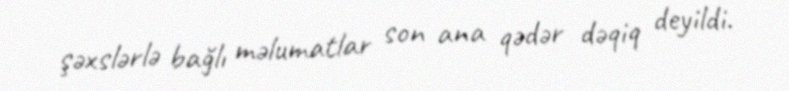
şəxslərlə bağlı məlumatlar son ana qədər dəqiq deyildi.